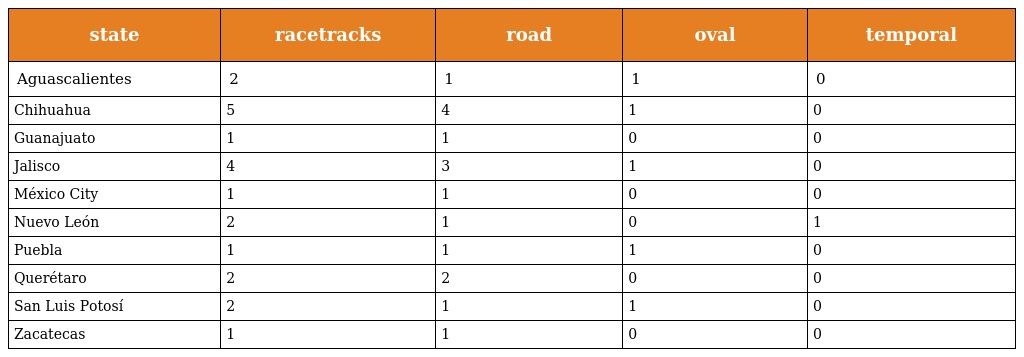
| state | racetracks | road | oval | temporal |
 | --- | --- | --- | --- | --- |
 | Aguascalientes | 2 | 1 | 1 | 0 |
 | Chihuahua | 5 | 4 | 1 | 0 |
 | Guanajuato | 1 | 1 | 0 | 0 |
 | Jalisco | 4 | 3 | 1 | 0 |
 | México City | 1 | 1 | 0 | 0 |
 | Nuevo León | 2 | 1 | 0 | 1 |
 | Puebla | 1 | 1 | 1 | 0 |
 | Querétaro | 2 | 2 | 0 | 0 |
 | San Luis Potosí | 2 | 1 | 1 | 0 |
 | Zacatecas | 1 | 1 | 0 | 0 |